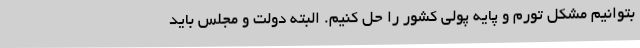
بتوانیم مشکل تورم و پایه پولی کشور را حل کنیم. البته دولت و مجلس باید